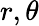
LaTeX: r,\theta